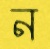
ন